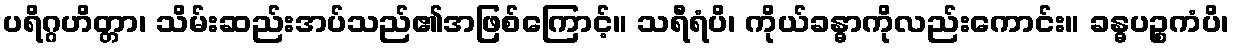
ပရိဂ္ဂဟိတ္တာ၊ သိမ်းဆည်းအပ်သည်၏အဖြစ်ကြောင့်။ သရီရံပိ၊ ကိုယ်ခန္ဓာကိုလည်းကောင်း။ ခန္ဓပဉ္စကံပိ၊